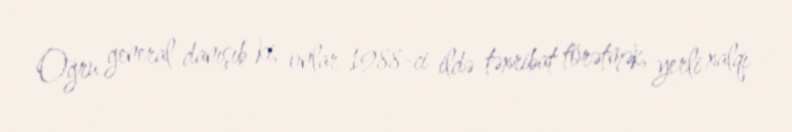
Oğru general danışıb ki, onlar 1988-ci ildə təxribat törətmək, yerli xalqı